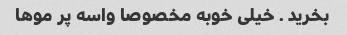
بخرید . خیلی خوبه مخصوصا واسه پر موها